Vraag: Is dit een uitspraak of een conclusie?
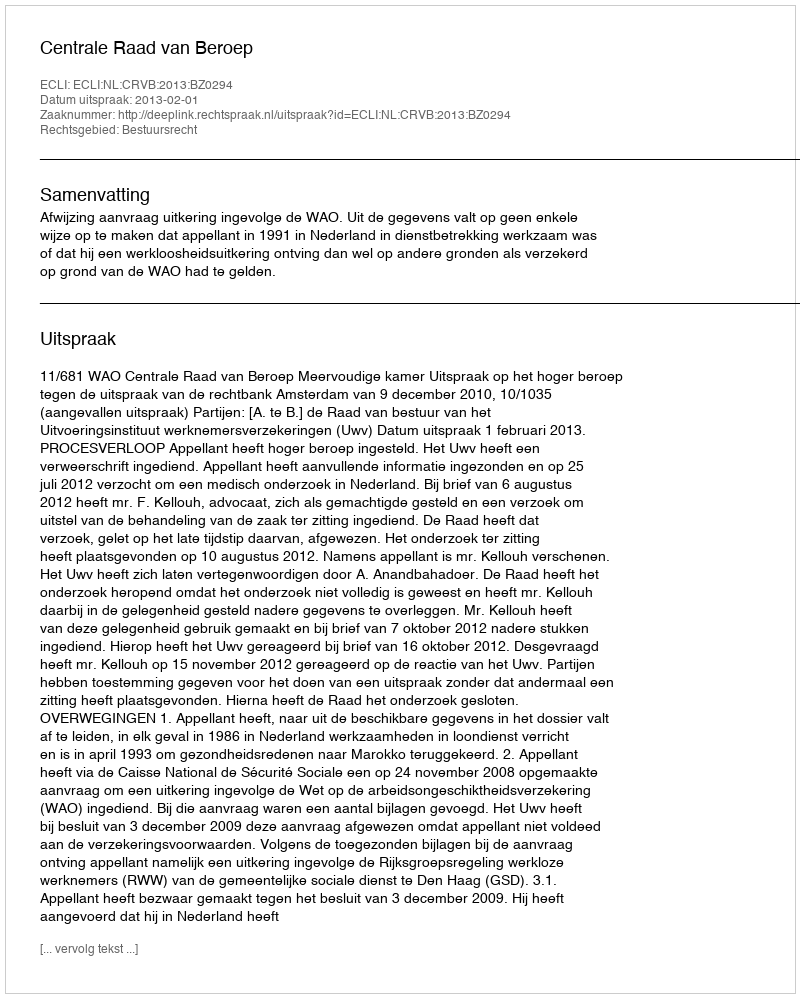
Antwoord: Uitspraak